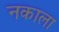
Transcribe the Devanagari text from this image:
नकाला